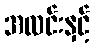
အလင်းနှင့်